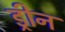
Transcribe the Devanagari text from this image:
ड्रीन